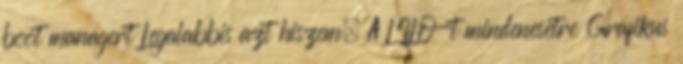
boot managert Legalabbis azt hiszem. A LILO-t mindenesetre Grafikus